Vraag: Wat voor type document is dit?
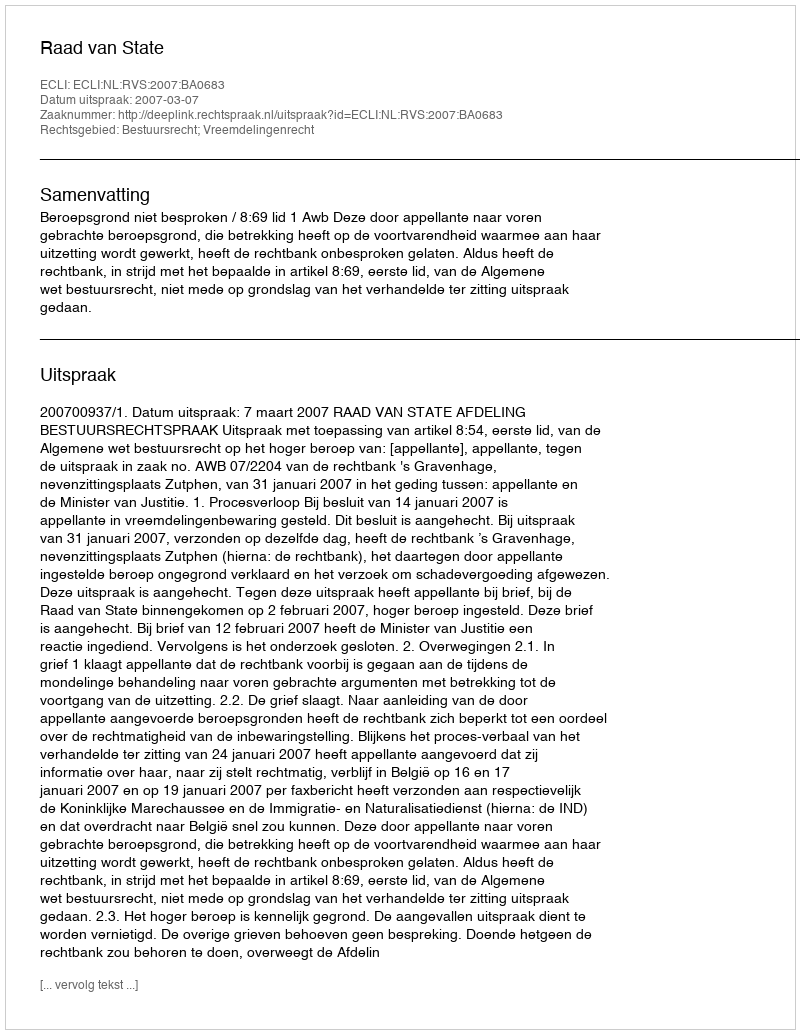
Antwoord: Uitspraak